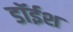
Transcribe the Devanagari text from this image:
डॉईश